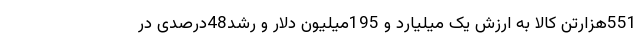
551هزارتن کالا به ارزش یک میلیارد و 195میلیون دلار و رشد48درصدی در